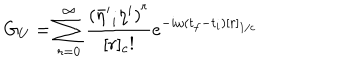
G _ { U } = \sum _ { r = 0 } ^ { \infty } \frac { { ( { { \bar { \eta } } ^ { \prime } } _ { i } { \eta } ^ { i } ) } ^ { r } } { [ r ] _ { c } ! } e ^ { - i \omega ( t _ { f } - t _ { i } ) [ r ] _ { 1 / c } }